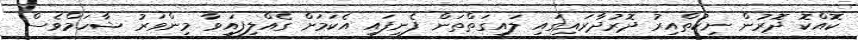
ކޮއްކޮ ދޮރުން ނިކުތްއިރު ދޮރުދާރައިގައި ލައިގަތްތަން ފެނިފައި އެކަމަށް ގެއްލިފައިވާ މިންވަރު ޝާހަމްވެސް